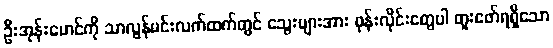
ဦးအုန်းမောင်ကို သာလွန်မင်းလက်ထက်တွင် သွေးများအား ဖုန်းလိုင်းတွေပါ တူးဖော်ရရှိသော